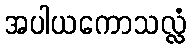
အပါယကောသလ္လံ